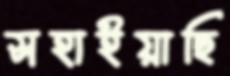
সহাইয়াছি